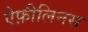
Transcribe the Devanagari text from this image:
ऐफ़ीलिनस